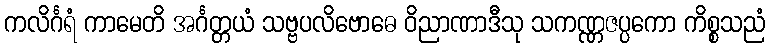
ကလိင်္ဂရံ ကာမေတိ အင်္ဂတ္တယံ သဗ္ဗပလိဗောဓေ ဝိညာဏာဒီသု သကဏ္ဏဇပ္ပကော ကိစ္စသညံ